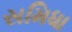
સમિધા